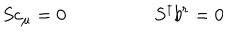
LaTeX: S c _ { \mu } = 0 ~ S ^ { \dagger } b ^ { r } = 0